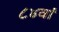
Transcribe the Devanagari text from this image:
८४वां